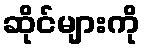
ဆိုင်များကို